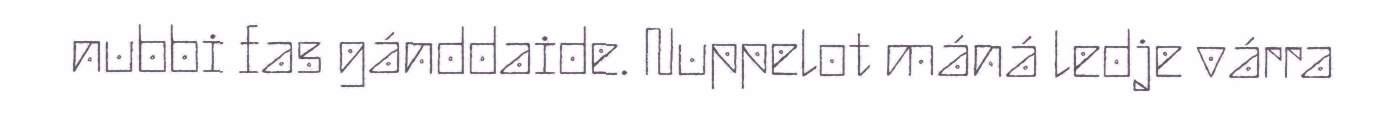
nubbi fas gánddaide. Nuppelot máná ledje várra